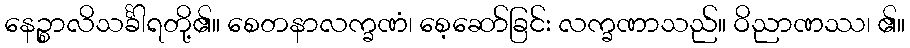
နေဉ္စာလိသင်္ခါရတို့၏။ စေတနာလက္ခဏံ၊ စေ့ဆော်ခြင်း လက္ခဏာသည်။ ဝိညာဏဿ၊ ၏။